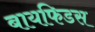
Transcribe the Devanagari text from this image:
बायफिडस